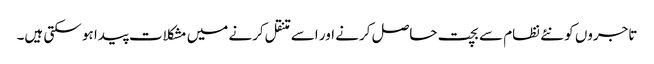
تاجروں کو نئے نظام سے بچت حاصل کرنے اور اسے متنقل کرنے میں مشکلات پیدا ہو سکتی ہیں۔